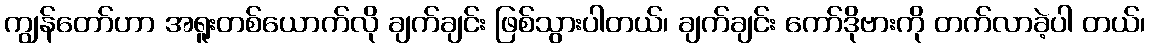
ကျွန်တော်ဟာ အရူးတစ်ယောက်လို ချက်ချင်း ဖြစ်သွားပါတယ်၊ ချက်ချင်း ကော်ဒိုဗားကို တက်လာခဲ့ပါ တယ်၊